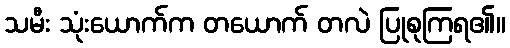
သမီး သုံးယောက်က တယောက် တလဲ ပြုစုကြရ၏။